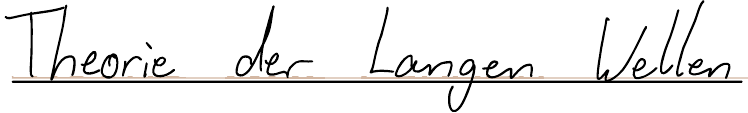
Theorie der Langen Wellen